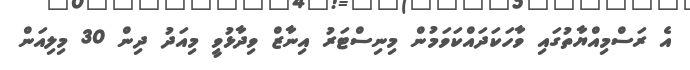
އެ ރަސްމިއްޔާތުގައި ވާހަކަދައްކަވަމުން މިނިސްޓަރު އިނާޒް ވިދާޅުވީ މިއަދު ދިން 30 މިލިއަން